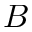
B